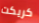
كريكت